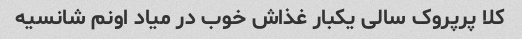
کلا پرپروک سالی یکبار غذاش خوب در میاد اونم شانسیه